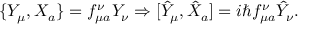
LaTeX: \{ Y _ { \mu } , X _ { a } \} = f _ { \mu a } ^ { \nu } Y _ { \nu } \Rightarrow [ \hat { Y } _ { \mu } , \hat { X } _ { a } ] = i \hbar f _ { \mu a } ^ { \nu } \hat { Y } _ { \nu } .